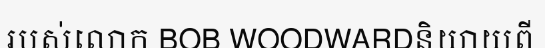
របស់លោក BOB WOODWARDនិយាយពី